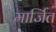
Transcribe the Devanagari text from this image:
मार्जित